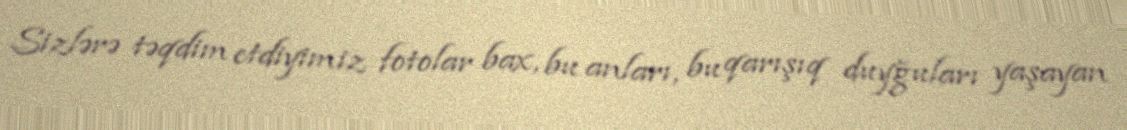
Sizlərə təqdim etdiyimiz fotolar bax, bu anları, bu qarışıq duyğuları yaşayan